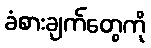
ခံစားချက်တွေကို